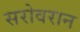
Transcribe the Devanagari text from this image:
सरोवरान